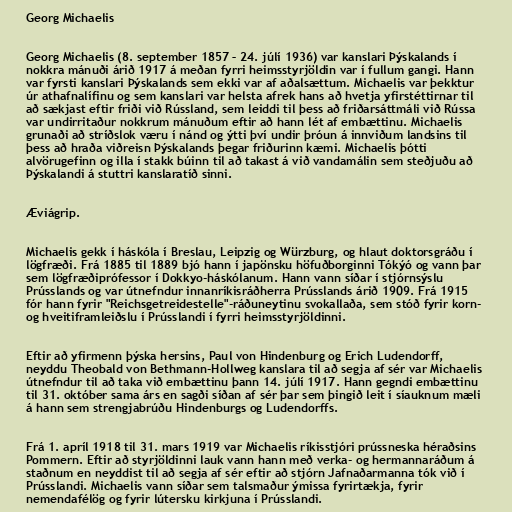
Georg Michaelis

Georg Michaelis (8. september 1857 – 24. júlí 1936) var kanslari Þýskalands í
nokkra mánuði árið 1917 á meðan fyrri heimsstyrjöldin var í fullum gangi. Hann
var fyrsti kanslari Þýskalands sem ekki var af aðalsættum. Michaelis var þekktur
úr athafnalífinu og sem kanslari var helsta afrek hans að hvetja yfirstéttirnar til
að sækjast eftir friði við Rússland, sem leiddi til þess að friðarsáttmáli við Rússa
var undirritaður nokkrum mánuðum eftir að hann lét af embættinu. Michaelis
grunaði að stríðslok væru í nánd og ýtti því undir þróun á innviðum landsins til
þess að hraða viðreisn Þýskalands þegar friðurinn kæmi. Michaelis þótti
alvörugefinn og illa í stakk búinn til að takast á við vandamálin sem steðjuðu að
Þýskalandi á stuttri kanslaratíð sinni.

Æviágrip.

Michaelis gekk í háskóla í Breslau, Leipzig og Würzburg, og hlaut doktorsgráðu í
lögfræði. Frá 1885 til 1889 bjó hann í japönsku höfuðborginni Tókýó og vann þar
sem lögfræðiprófessor í Dokkyo-háskólanum. Hann vann síðar í stjórnsýslu
Prússlands og var útnefndur innanríkisráðherra Prússlands árið 1909. Frá 1915
fór hann fyrir "Reichsgetreidestelle"-ráðuneytinu svokallaða, sem stóð fyrir korn-
og hveitiframleiðslu í Prússlandi í fyrri heimsstyrjöldinni.

Eftir að yfirmenn þýska hersins, Paul von Hindenburg og Erich Ludendorff,
neyddu Theobald von Bethmann-Hollweg kanslara til að segja af sér var Michaelis
útnefndur til að taka við embættinu þann 14. júlí 1917. Hann gegndi embættinu
til 31. október sama árs en sagði síðan af sér þar sem þingið leit í síauknum mæli
á hann sem strengjabrúðu Hindenburgs og Ludendorffs.

Frá 1. apríl 1918 til 31. mars 1919 var Michaelis ríkisstjóri prússneska héraðsins
Pommern. Eftir að styrjöldinni lauk vann hann með verka- og hermannaráðum á
staðnum en neyddist til að segja af sér eftir að stjórn Jafnaðarmanna tók við í
Prússlandi. Michaelis vann síðar sem talsmaður ýmissa fyrirtækja, fyrir
nemendafélög og fyrir lútersku kirkjuna í Prússlandi.